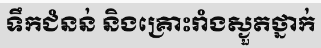
ទឹកជំនន់ និងគ្រោះរាំងស្ងួតថ្នាក់